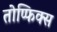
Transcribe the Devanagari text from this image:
तोप्फिक्स